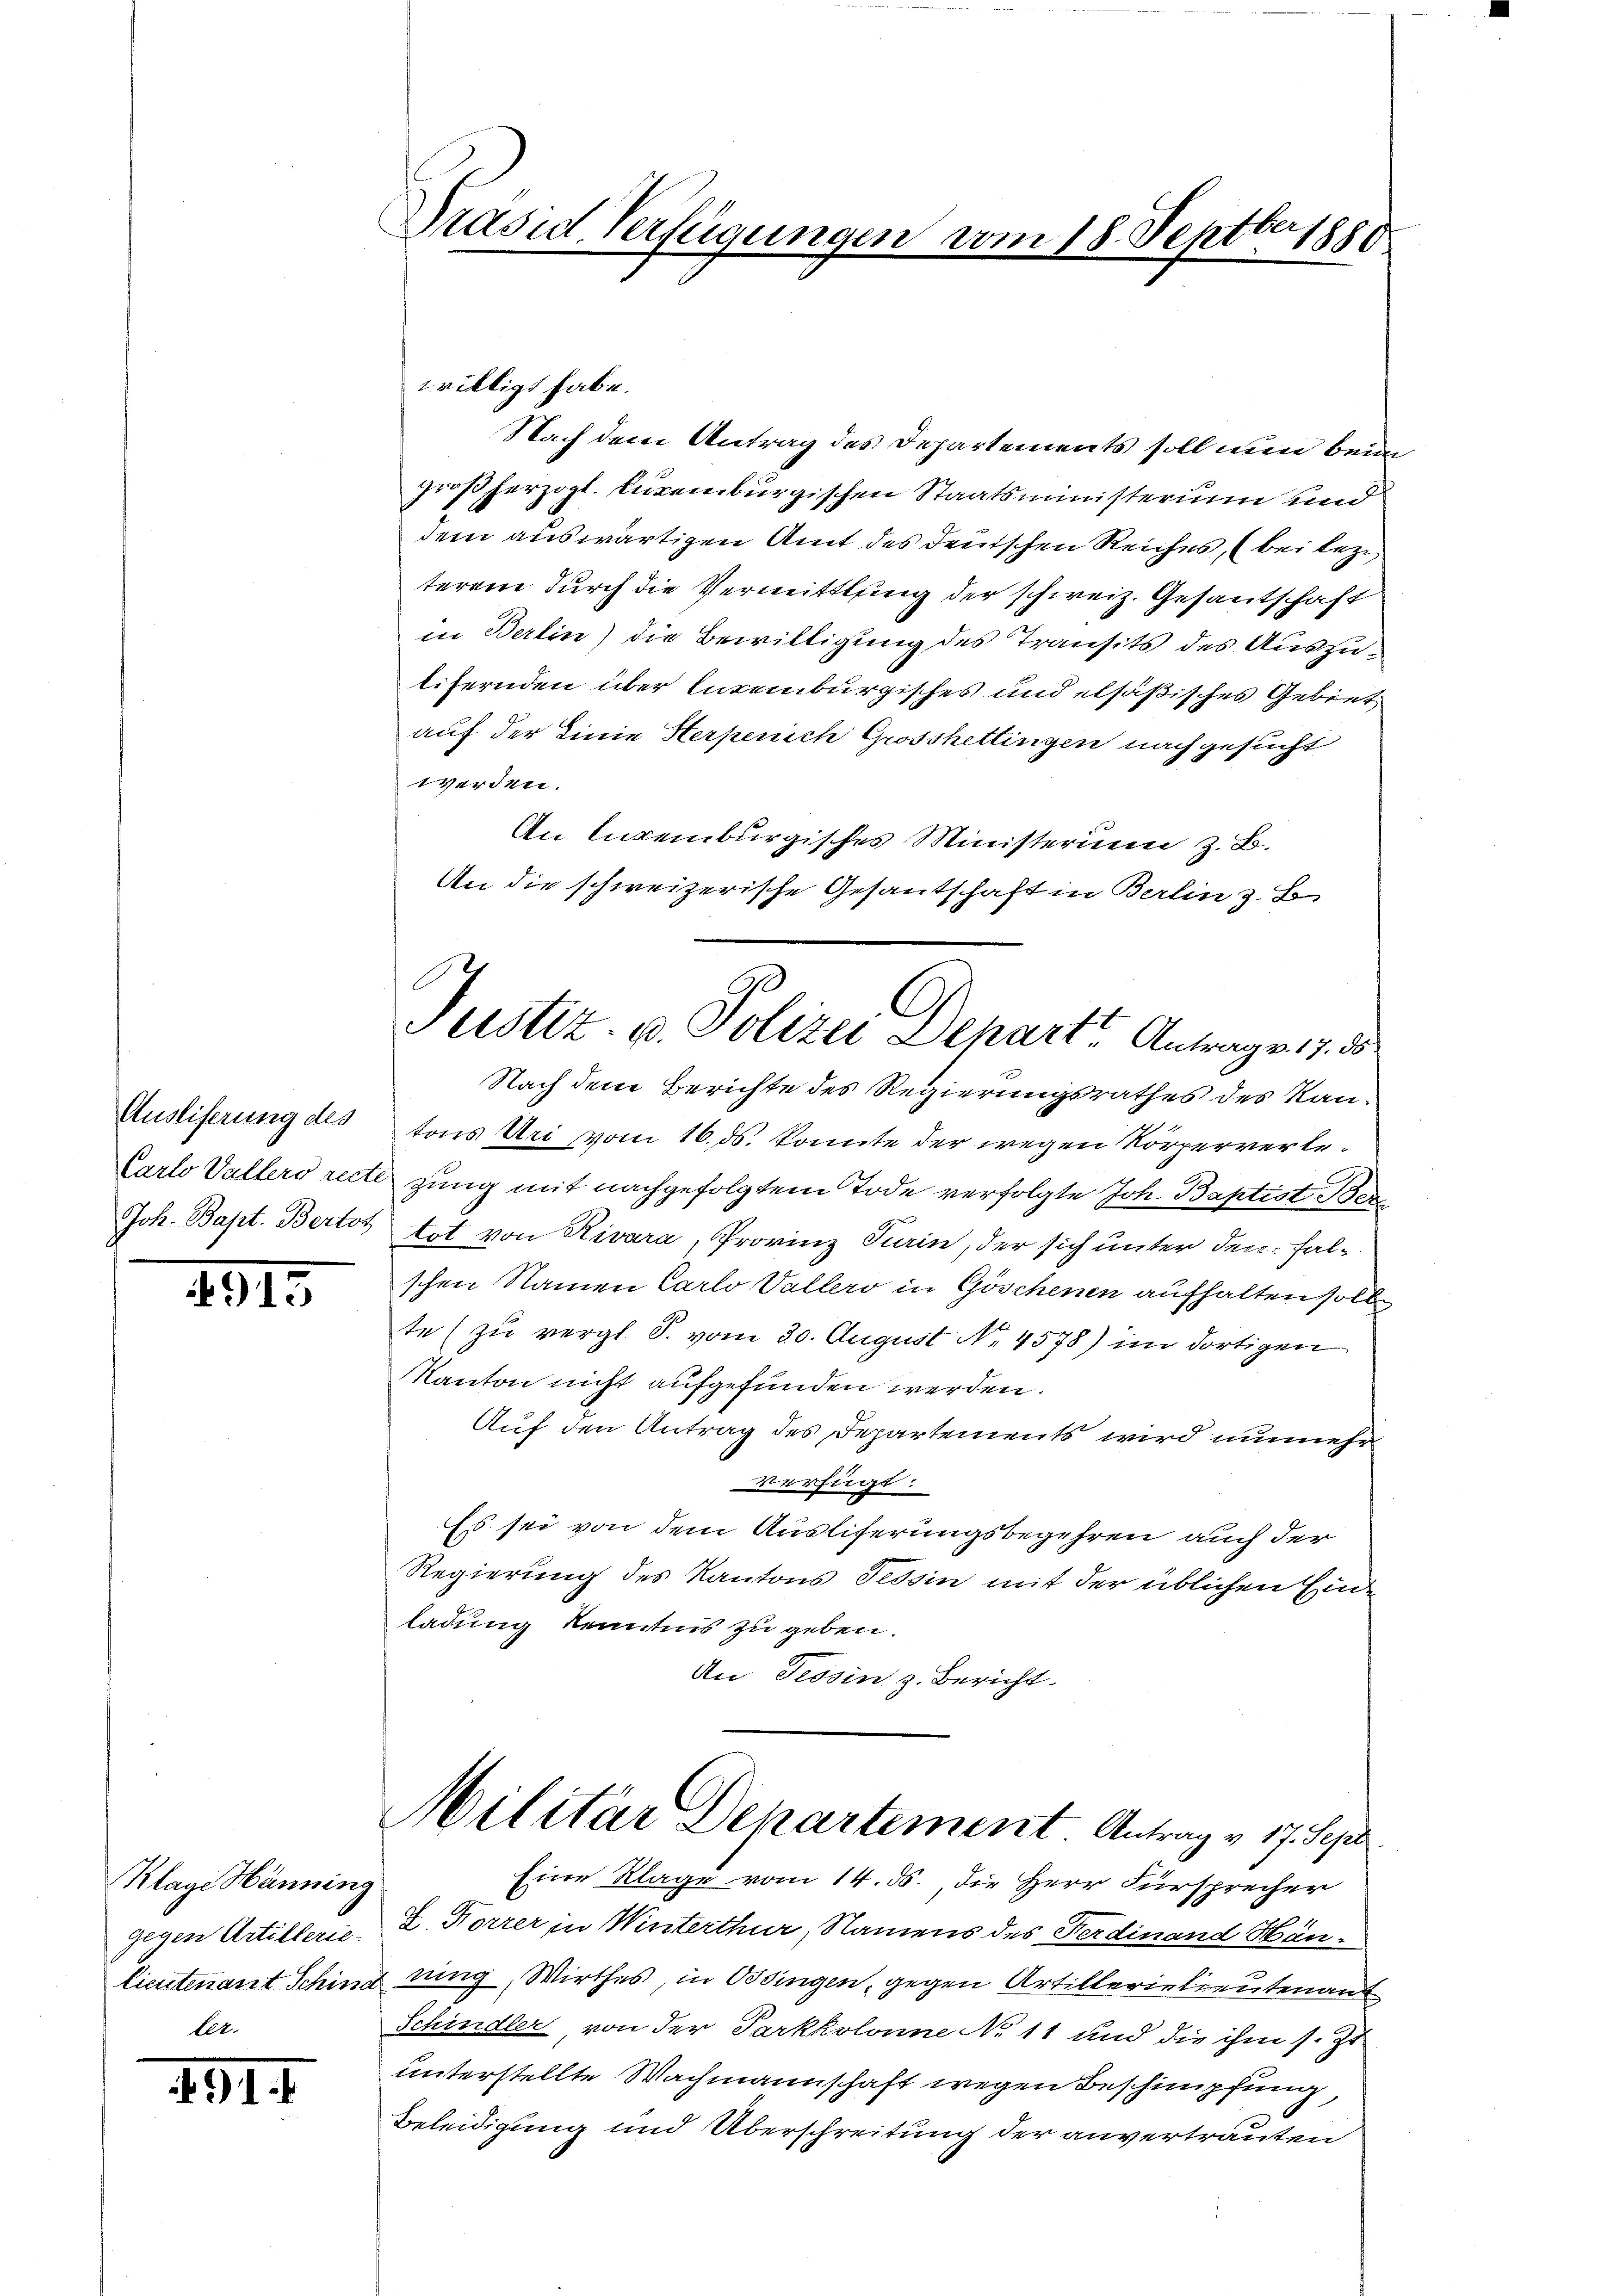
Ausliferung des
Joh. Bapt. Bertos

1815

Klage Hänning
gegen Artillerie-
ler.

4914

Präsid. Verfügungen vom 18. Septbr 1880

willigt habe.

C
Justiz- u. Polizei Depart Antrag v. 17. ds

Nach dem Antrag des Departements soll nun bei
großherzogl. Euremburgischen Staatsministerium und
dem auswärtigen Amt des deutschen Reiches, (bei Leziterem durch die Vermittling der schweiz. Gesantschaft
in Berlin) die Bewilligung des Transits des Auszutifernden über latenburgisches und elsäßisches Gebiet
auf der Linie Sterpenich Grosshettingen nachgesucht
werden.
An Euremburgisches Ministerium z. B.
An die schweizerische Gesantschaft in Berlin z. B.
Nach dem Berichte des Regierungsrathes des Rautons Uri vom 16. ds. konnte der wegen Körperverle¬
Carlo Vallers recte zung mit nachgefolgtem Tode verfolgte Joh. Baptist Bertot von Rivara, Provinz Turin, der sich unter den Falschen Namen Carlo Vallers in Göschenen aufhalten solle
te (zu vergl. S. vom 30. August No. 4578) im dortigen
Kanton nicht aufgefunden werden.
Auf den Antrag des Departements wird nunmehrverfügt:
Es sei von dem Ausliferungsbegehren auch der
Regierung des Kantons Tessin mit der üblichen Einladung kenntnis zu geben.
An Tessin z. Bericht.
Militär Departement Antrag v. 17. Sep
Eine Klage vom 14. ds. die Herr Fürsprecher
V. Korrer in Winterthur, Namens des Ferdinand Häulieutenant Sching zung, Wirthes, in Ordingen, gegen Artillerielieutenant
Schindler, von der Parkkolonne No 11 und die ihm s. Zt
unterstellte Wachmannschaft wegen Beschimpfung
Beleidigung und Überschreitung der anvertrauten